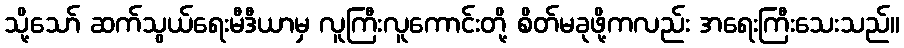
သို့သော် ဆက်သွယ်ရေးမီဒီယာမှ လူကြီးလူကောင်းတို့ စိတ်မခုဖို့ကလည်း အရေးကြီးသေးသည်။